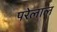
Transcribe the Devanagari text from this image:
परेलाल